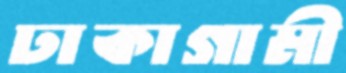
ঢাকাগামী